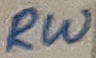
Text: RW